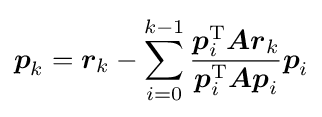
{\boldsymbol {p}}_{k}={\boldsymbol {r}}_{k}-\sum _{i=0}^{k-1}{\frac {{\boldsymbol {p}}_{i}^{\mathrm {T} }{\boldsymbol {Ar}}_{k}}{{\boldsymbol {p}}_{i}^{\mathrm {T} }{\boldsymbol {Ap}}_{i}}}{\boldsymbol {p}}_{i}